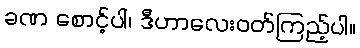
ခဏ စောင့်ပါ၊ ဒီဟာလေးဝတ်ကြည့်ပါ။